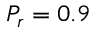
P _ { r } = 0 . 9